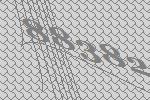
88382